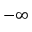
- \infty